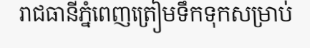
រាជធានីភ្នំពេញត្រៀមទឹកទុកសម្រាប់